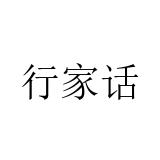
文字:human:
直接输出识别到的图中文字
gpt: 行家话